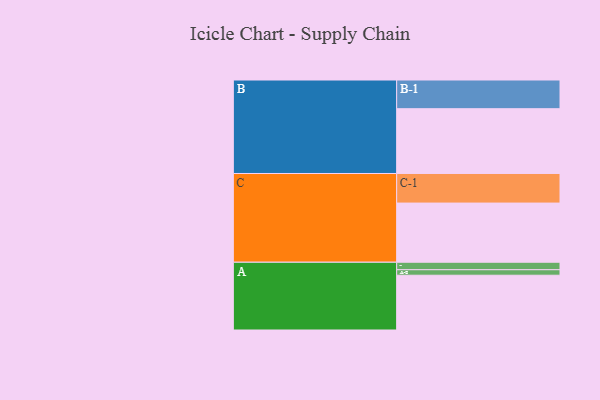
{"axis": {"x": "Segment", "y": "Value"}, "legend": ["", "A", "B", "C"], "data": [{"x": "A", "y": 498, "type": ""}, {"x": "B", "y": 589, "type": ""}, {"x": "C", "y": 538, "type": ""}, {"x": "A-1", "y": 68, "type": "A"}, {"x": "A-2", "y": 50, "type": "A"}, {"x": "B-1", "y": 261, "type": "B"}, {"x": "C-1", "y": 269, "type": "C"}]}